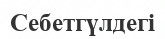
Себетгүлдегі